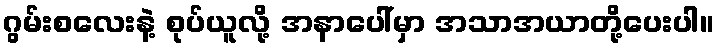
ဂွမ်းစလေးနဲ့ စုပ်ယူလို့ အနာပေါ်မှာ အသာအယာတို့ပေးပါ။